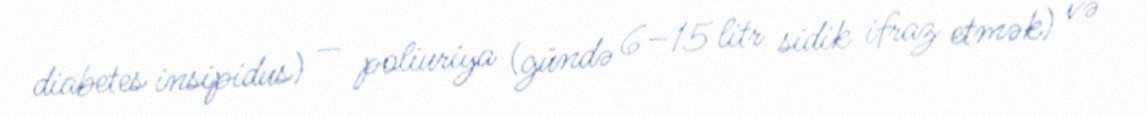
diabetes insipidus) — poliuriya (gündə 6–15 litr sidik ifraz etmək) və